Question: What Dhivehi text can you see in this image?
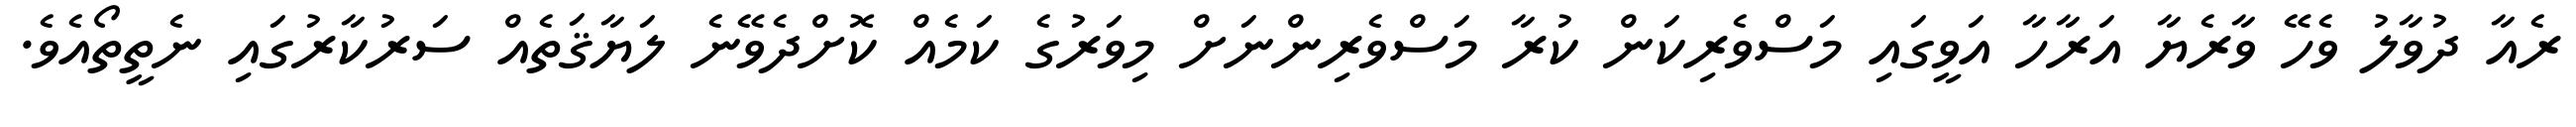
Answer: ރެއާ ދުވާލު ވެހޭ ވާރެޔާ އަރާހާ އަވީގައި މަސްވެރިކަން ކުރާ މަސްވެރިންނަށް މިވަރުގެ ކަމެއް ކޮށްދެވޭނެ ލަޔާޤަތެއް ސަރުކާރުގައި ނެތީތޯއެވެ.